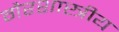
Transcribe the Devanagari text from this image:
गैरशास्त्रीय